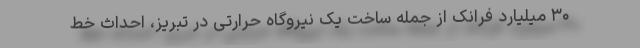
۳۰ میلیارد فرانک از جمله ساخت یک نیروگاه حرارتی در تبریز، احداث خط